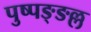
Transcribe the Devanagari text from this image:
पुष्पङ्ङल्ल